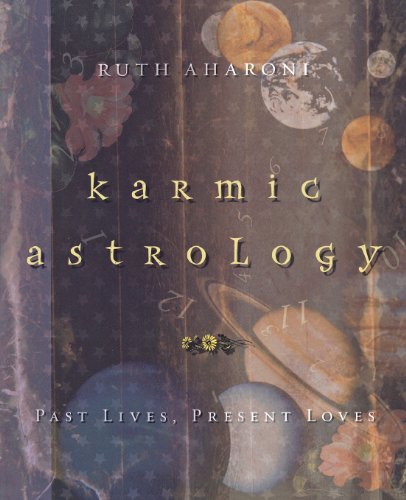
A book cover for Karmic Astrology: Past Lives, Present Loves; Ruth Aharoni; Religion & Spirituality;